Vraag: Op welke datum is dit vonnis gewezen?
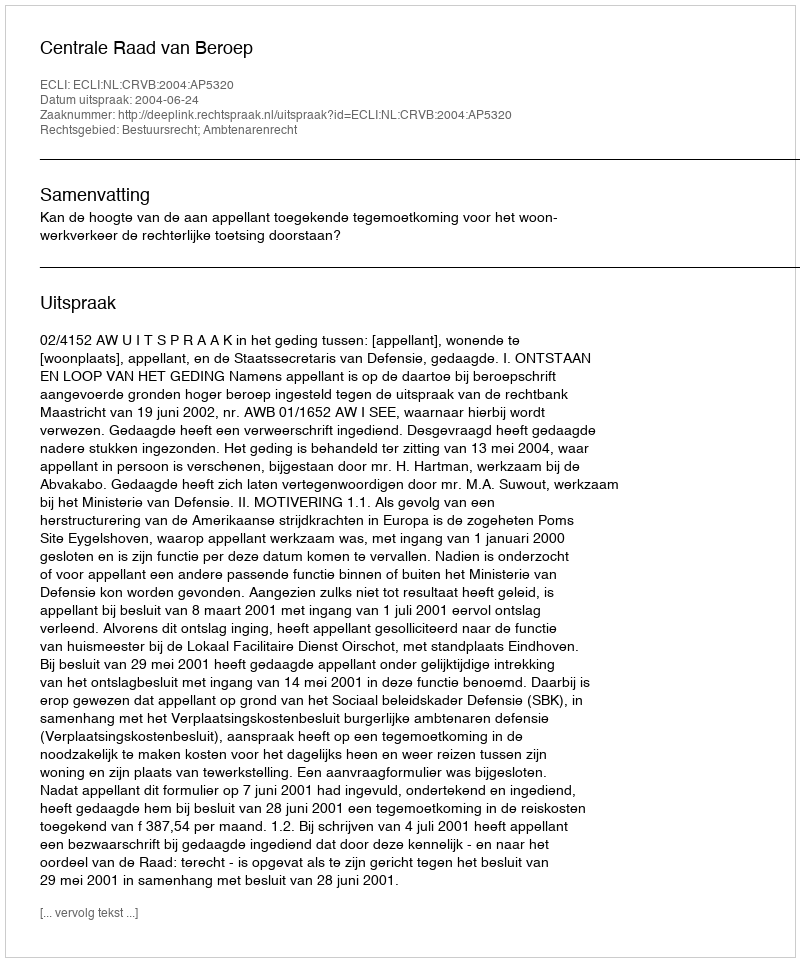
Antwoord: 2004-06-24